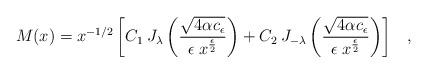
LaTeX: \begin{align*}M(x)=x^{-1/2}\left[C_1\> J_{\lambda}\left(\frac{\sqrt{4\alpha c_{\epsilon}}}{\epsilon \> x^{\epsilon \over 2}}\right)+C_2 \> J_{-{\lambda}}\left(\frac{\sqrt{4\alpha c_{\epsilon}}}{\epsilon \> x^{\epsilon \over 2}}\right)\right]\;\;\;,\end{align*}